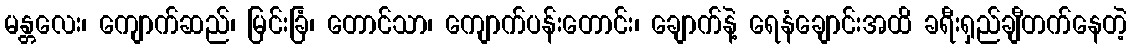
မန္တလေး၊ ကျောက်ဆည်၊ မြင်းခြံ၊ တောင်သာ၊ ကျောက်ပန်းတောင်း၊ ချောက်နဲ့ ရေနံချောင်းအထိ ခရီးရှည်ချီတက်နေတဲ့